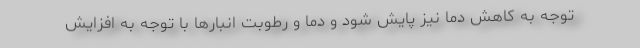
توجه به کاهش دما نیز پایش شود و دما و رطوبت انبارها با توجه به افزایش